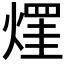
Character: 𤌒